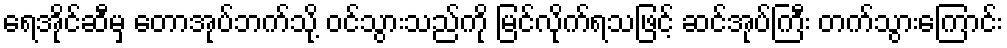
ရေအိုင်ဆီမှ တောအုပ်ဘက်သို့ ဝင်သွားသည်ကို မြင်လိုက်ရသဖြင့် ဆင်အုပ်ကြီး တက်သွားကြောင်း